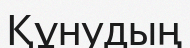
Құнудың